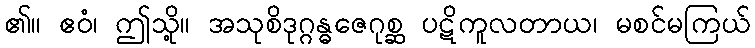
၏။ ဧဝံ၊ ဤသို့။ အသုစိဒုဂ္ဂန္ဓဇေဂုစ္ဆ ပဋိကူလတာယ၊ မစင်မကြယ်